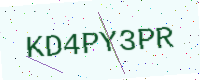
Text: KD4PY3PR